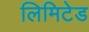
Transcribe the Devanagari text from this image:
लिमिटेड